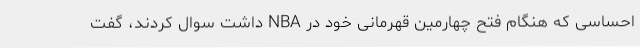
احساسی که هنگام فتح چهارمین قهرمانی خود در NBA داشت سوال کردند، گفت